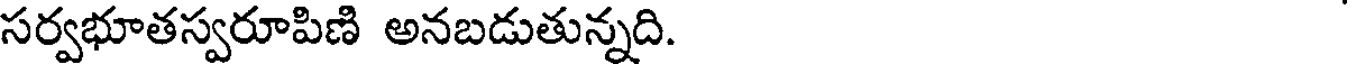
సర్వభూతస్వరూపిణి అనబడుతున్నది.